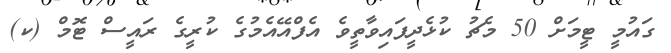
ގައުމީ ޓީމަށް 50 މެޗު ކުޅެދީފައިވާތީވެ އެފްއޭއެމުގެ ކުރީގެ ރައީސް ޓޮމް (ކ)